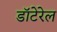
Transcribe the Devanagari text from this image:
डॉटेरेल